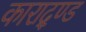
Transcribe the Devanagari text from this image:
काराद्ण्ड